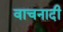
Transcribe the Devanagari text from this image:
वाचनादी